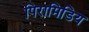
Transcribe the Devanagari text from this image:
पिरामिडिय